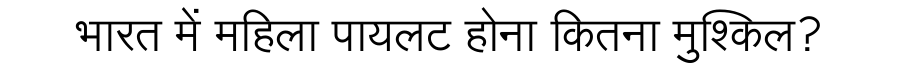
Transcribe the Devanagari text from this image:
भारत में महिला पायलट होना कितना मुश्किल?